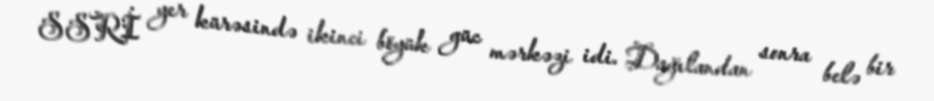
SSRİ yer kürəsində ikinci böyük güc mərkəzi idi. Dağılandan sonra belə bir